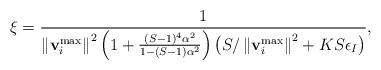
LaTeX: \begin{align*}\xi = \frac{1}{\left\| \mathbf{v}_i^{\max}\right\|^2 \left( 1+\frac{(S-1)^4\alpha^2}{1-(S-1)\alpha^2}\right)\left(S/\left\|\mathbf{v}_i^{\max}\right\|^2+ KS\epsilon_I\right)},\end{align*}